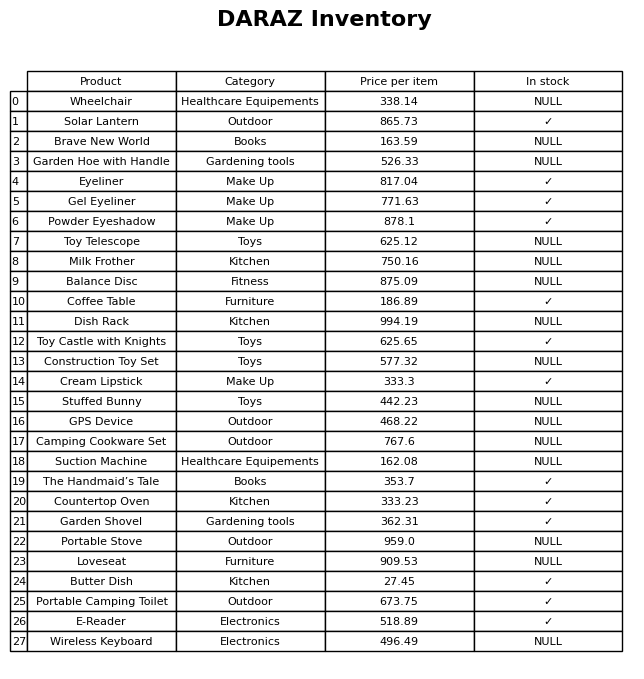
question: What is the price for Dish Rack?
answer: The price of Dish Rack is 994.19.